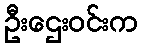
ဦးဌေးဝင်းက